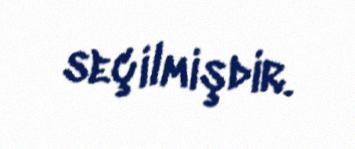
seçilmişdir.